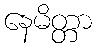
နေမိတ္တာ